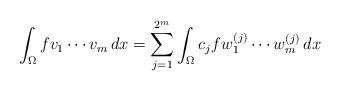
LaTeX: \begin{align*}\int_{\Omega} f v_1 \cdots v_m \,dx = \sum_{j=1}^{2^m} \int_{\Omega} c_j f w_1^{(j)} \cdots w_m^{(j)} \,dx\end{align*}